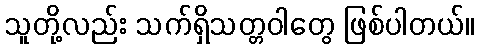
သူတို့လည်း သက်ရှိသတ္တဝါတွေ ဖြစ်ပါတယ်။